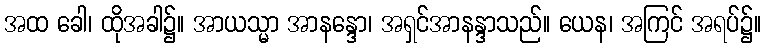
အထ ခေါ၊ ထိုအခါ၌။ အာယသ္မာ အာနန္ဒော၊ အရှင်အာနန္ဒာသည်။ ယေန၊ အကြင် အရပ်၌။